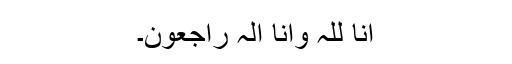
انا للّٰہ وانا الہ راجعون۔